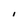
Character: l